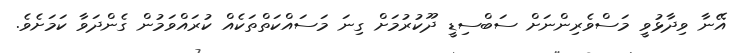
އޭނާ ވިދާޅުވީ މަސްވެރިންނަށް ސަބްސިޑީ ދޫކުރުމަށް ގިނަ މަސައްކަތްތަކެއް ކުރައްވަމުން ގެންދަވާ ކަމަށެވެ.